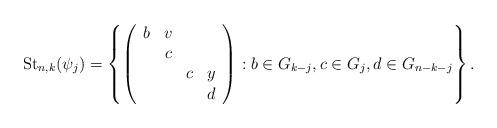
LaTeX: \begin{align*}\mathrm{St}_{n,k}(\psi_j)=\left\{\left(\begin{array}{cccc}b&v\\&c\\&&c&y\\&&&d\end{array}\right):b\in G_{k-j},c\in G_j,d\in G_{n-k-j}\right\}.\end{align*}